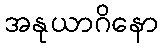
အနုယာဂိနော